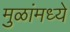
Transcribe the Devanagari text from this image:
मुळांमध्ये